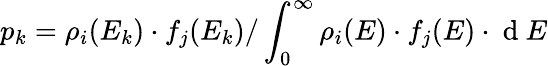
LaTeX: p_{k}=\rho_{i}(E_{k})\cdot f_{j}(E_{k})/\int_{0}^{\infty}\rho_{i}(E)\cdot f_{j}(E)\cdot\mathrm{~d~}E